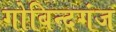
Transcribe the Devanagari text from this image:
गोबिन्दगंज